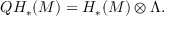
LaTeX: Q H _ { * } ( M ) = H _ { * } ( M ) \otimes \Lambda .